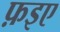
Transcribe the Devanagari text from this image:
फ़इए